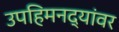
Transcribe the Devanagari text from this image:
उपहिमनद्यांवर